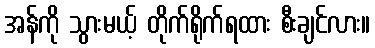
အန်ကို သွားမယ့် တိုက်ရိုက်ရထား စီးချင်လား။